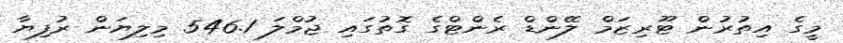
މީގެ އިތުރުން ޓޫރިޒަމް ލޭންޑް ރެންޓްގެ ގޮތުގައި ޖުމްލަ 546.1 މިލިޔަން ރުފިޔާ